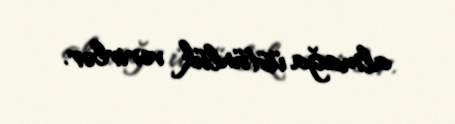
almağa üstünlük verirlər.